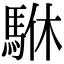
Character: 䮌